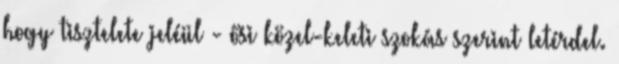
hogy tisztelete jeléül - ősi közel-keleti szokás szerint letérdel.